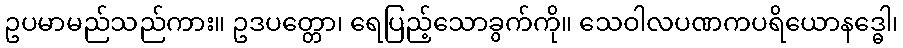
ဥပမာမည်သည်ကား။ ဥဒပတ္တော၊ ရေပြည့်သောခွက်ကို။ သေဝါလပဏကပရိယောနဒ္ဓေါ၊